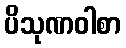
ပိသုဏဝါစာ